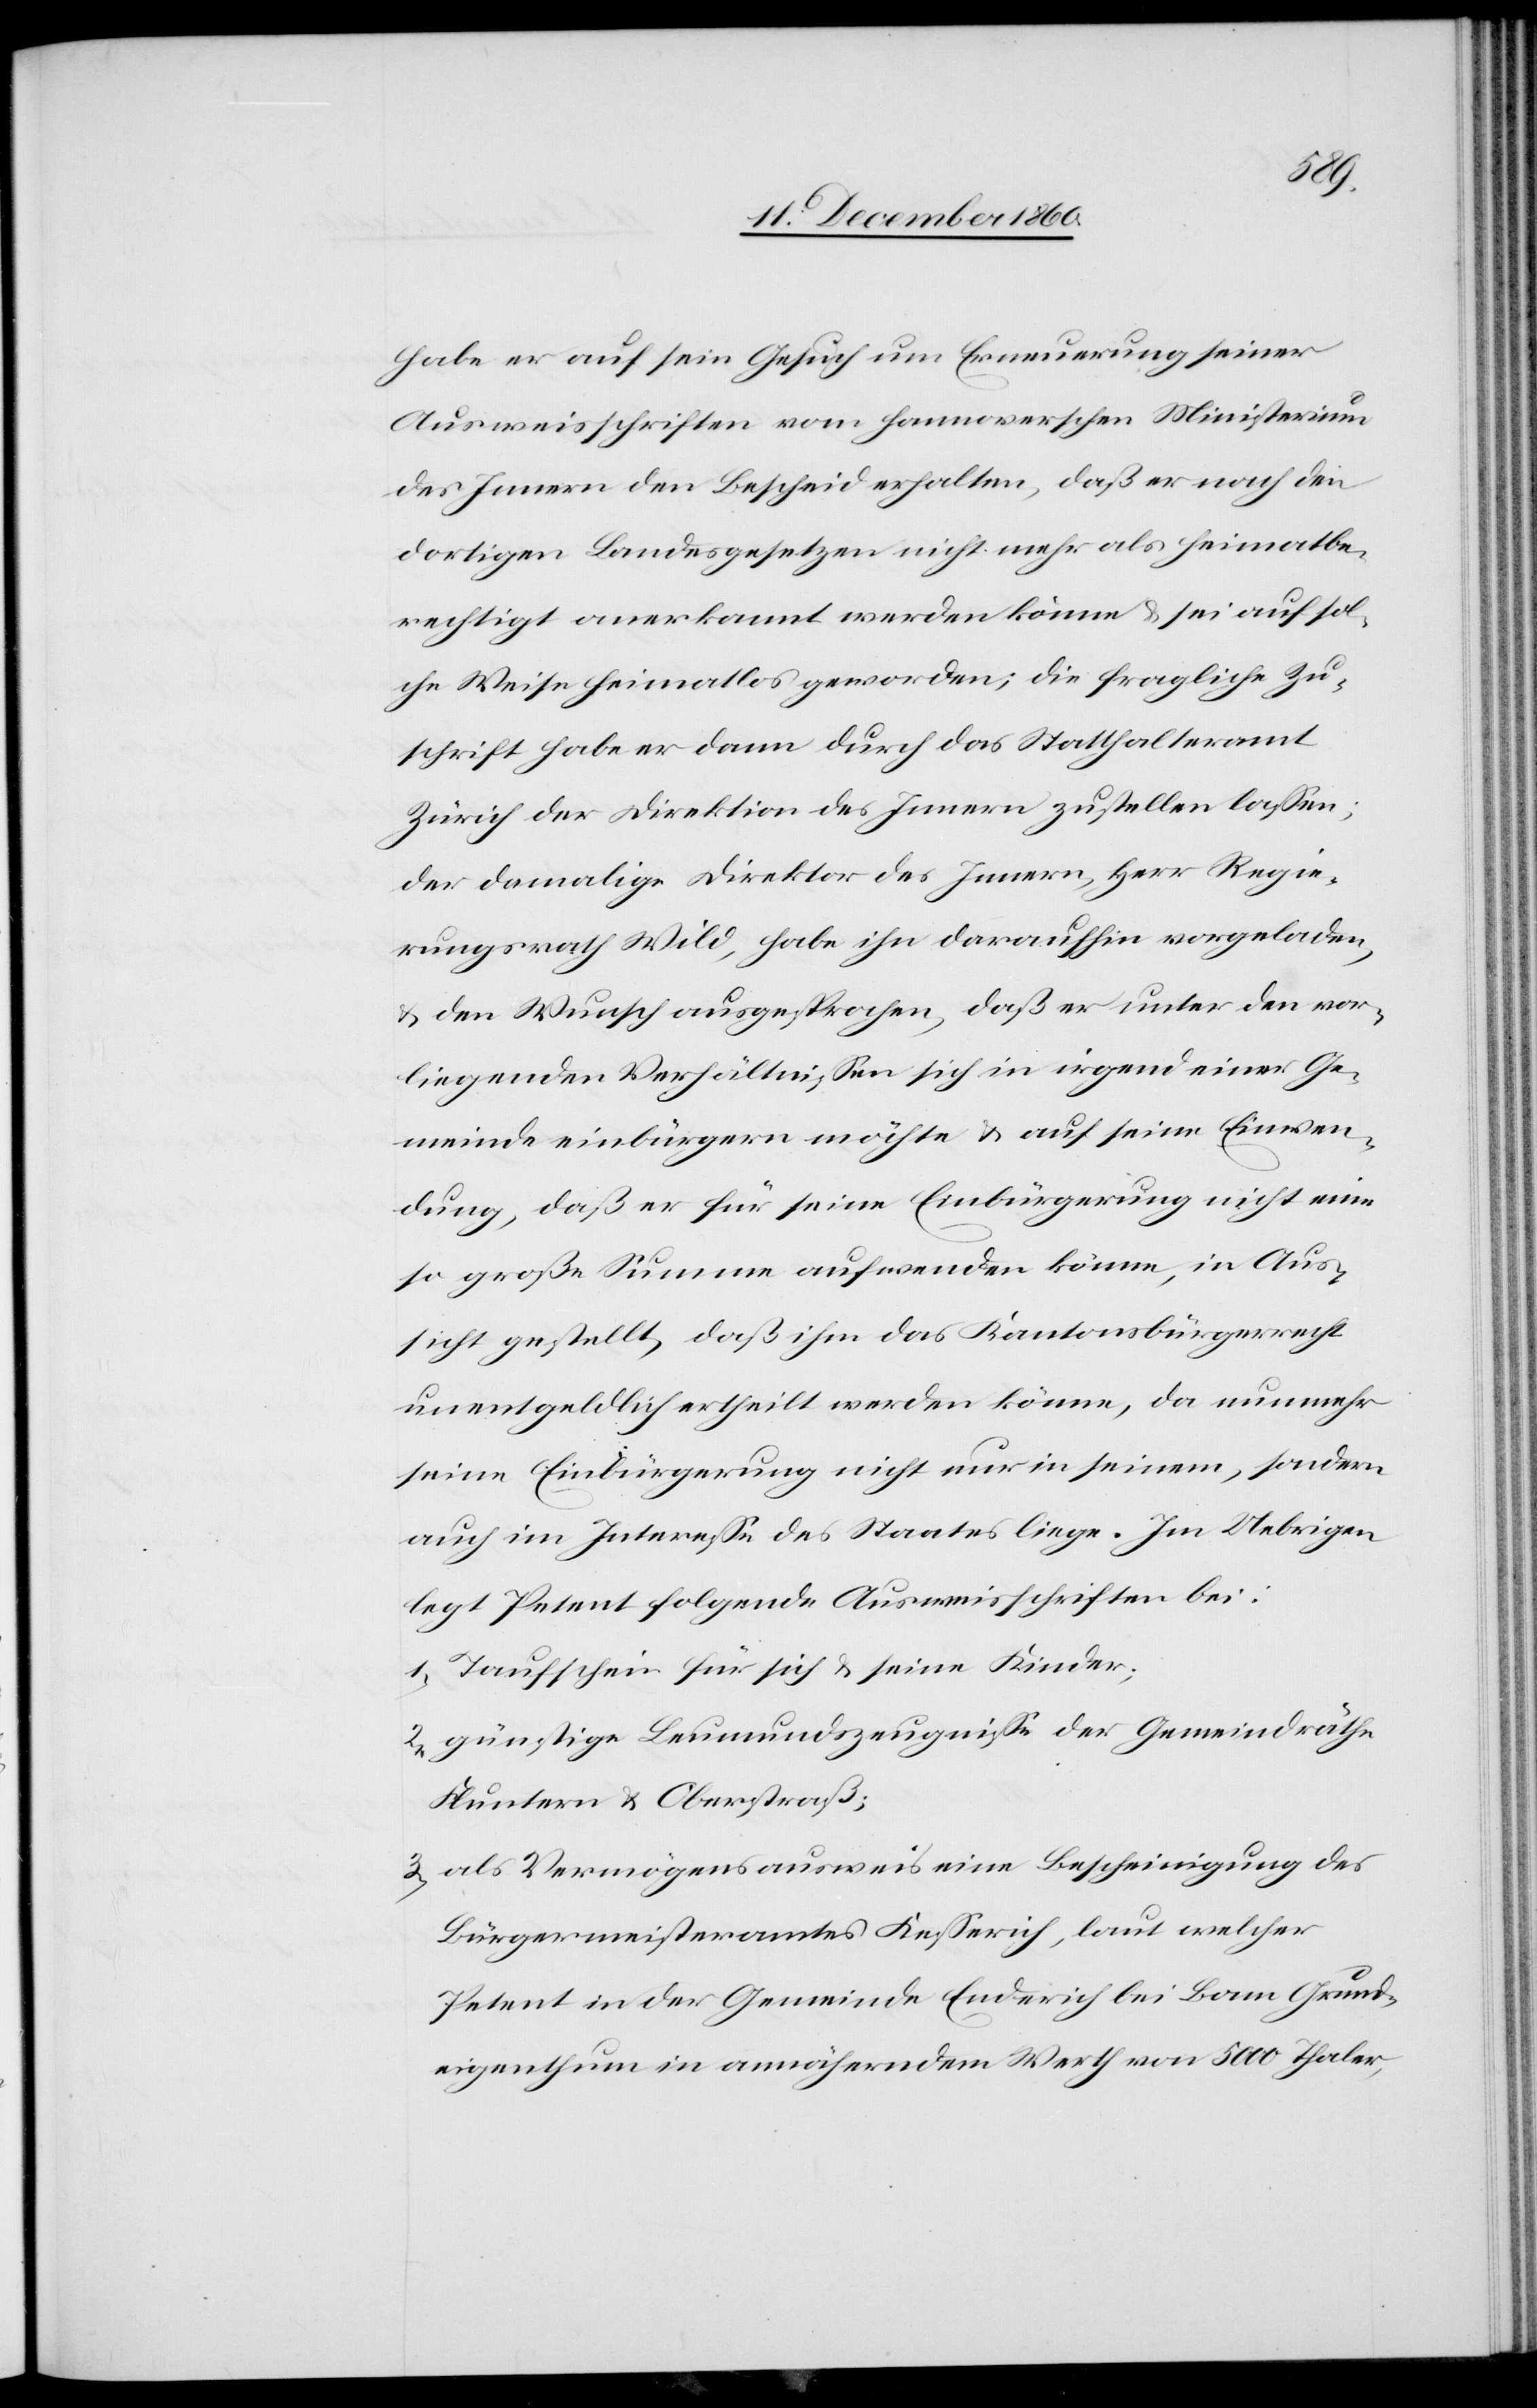
habe er auf sein Gesuch um Erneuerung seiner
Ausweisschriften vom hannoverschen Ministerium
des Innern den Bescheid erhalten, daß er nach den
dortigen Landesgesetzen nicht mehr als heimatbe¬
rechtigt anerkannt werden könne u. sei auf sol¬
che Weise heimatlos geworden; die fragliche Zu¬
schrift habe er dann durch das Statthalteramt
Zürich der Direktion des Innern zustellen lassen;
der damalige Direktor des Innern, Herr Regie¬
rungsrath Wild, habe ihn daraufhin vorgeladen,
u. den Wunsch ausgesprochen, daß er unter den vor¬
liegenden Verhältnissen sich in irgend einer Ge¬
meinde einbürgern möchte u. auf seine Einwen¬
dung, daß er für seine Einbürgerung nicht eine
so große Summe aufwenden könne, in Aus¬
sicht gestellt, daß ihm das Kantonsbürgerrecht
unentgeldlich ertheilt werden könne, da nunmehr
seine Einbürgerung nicht nur in seinem, sondern
auch im Interesse des Staates liege. Im Uebrigen
legt Petent folgende Ausweisschriften bei:
1) Taufschein für sich u. seine Kinder;
2) günstige Leumundszeugnisse der Gemeindräthe
Fluntern u. Oberstraß;
3) als Vermögensausweis eine Bescheinigung des
Bürgermeisteramtes Kesserich, laut welcher
Petent in der Gemeinde Enderich bei Bam Grund¬
eigenthum in annährendem Werth von 5000 Thaler,